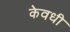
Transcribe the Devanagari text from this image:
केवधी